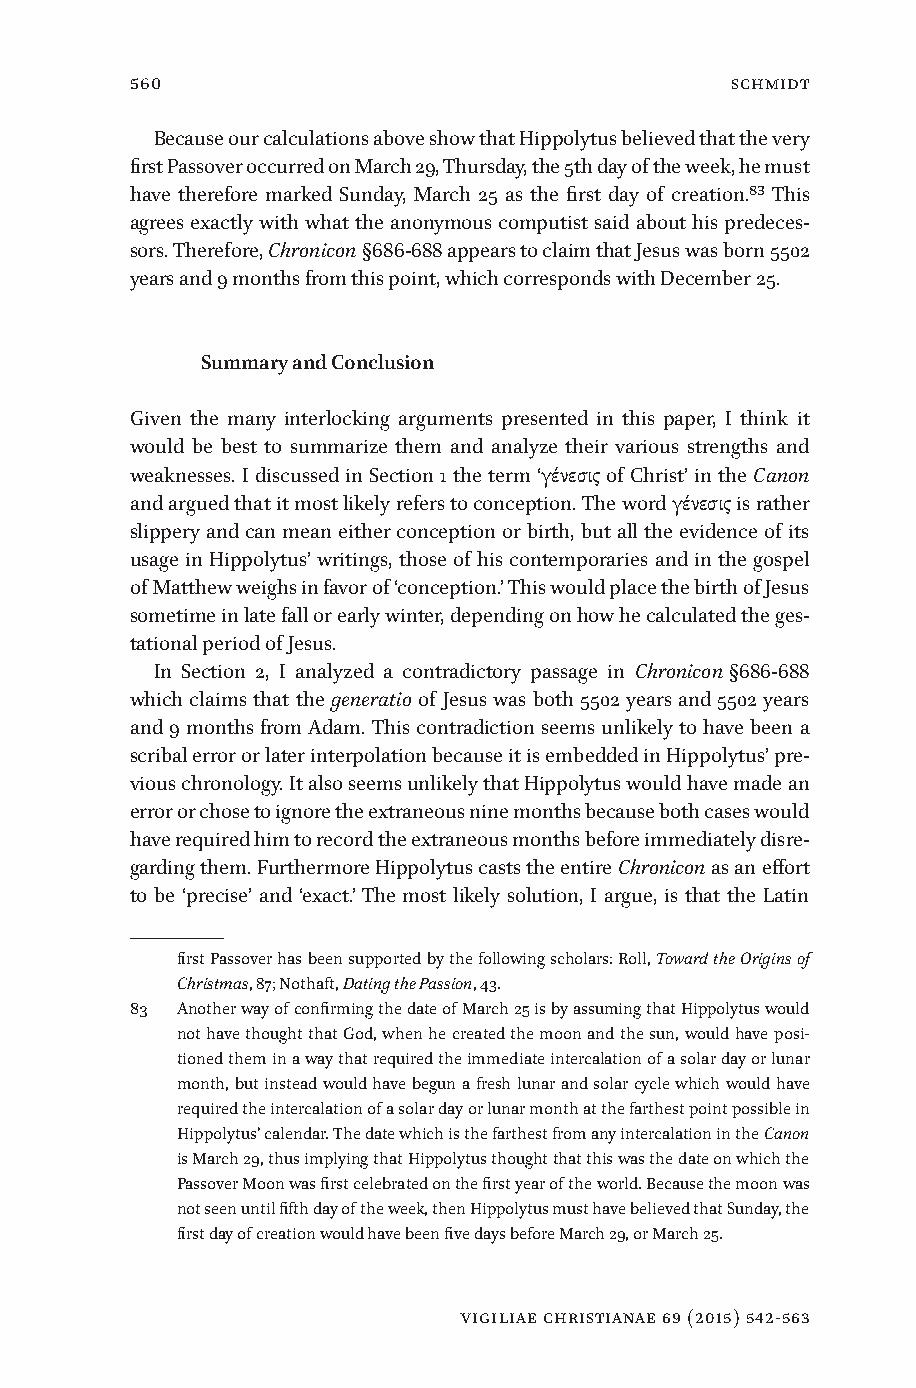
560                                    Schmidt
 Because our calculations above show that Hippolytus believed that the very
 first Passover occurred on March 29, Thursday, the 5th day of the week, he must
 have therefore marked Sunday, March 25 as the first day of creation.83 This
 agrees exactly with what the anonymous computist said about his predeces-
 sors. Therefore, Chronicon §686-688 appears to claim that Jesus was born 5502
 years and 9 months from this point, which corresponds with December 25.
 Summary and Conclusion
 Given the many interlocking arguments presented in this paper, I think it
 would be best to summarize them and analyze their various strengths and
 weaknesses. I discussed in Section 1 the term ‘γένεσις of Christ’ in the Canon
 and argued that it most likely refers to conception. The word γένεσις is rather
 slippery and can mean either conception or birth, but all the evidence of its
 usage in Hippolytus’ writings, those of his contemporaries and in the gospel
 of Matthew weighs in favor of ‘conception.’ This would place the birth of Jesus
 sometime in late fall or early winter, depending on how he calculated the ges-
 tational period of Jesus.
 In Section 2, I analyzed a contradictory passage in Chronicon §686-688
 which claims that the generatio of Jesus was both 5502 years and 5502 years
 and 9 months from Adam. This contradiction seems unlikely to have been a
 scribal error or later interpolation because it is embedded in Hippolytus’ pre-
 vious chronology. It also seems unlikely that Hippolytus would have made an
 error or chose to ignore the extraneous nine months because both cases would
 have required him to record the extraneous months before immediately disre-
 garding them. Furthermore Hippolytus casts the entire Chronicon as an effort
 to be ‘precise’ and ‘exact.’ The most likely solution, I argue, is that the Latin
 first Passover has been supported by the following scholars: Roll, Toward the Origins of
 Christmas, 87; Nothaft, Dating the Passion, 43.
 83 Another way of confirming the date of March 25 is by assuming that Hippolytus would
 not have thought that God, when he created the moon and the sun, would have posi-
 tioned them in a way that required the immediate intercalation of a solar day or lunar
 month, but instead would have begun a fresh lunar and solar cycle which would have
 required the intercalation of a solar day or lunar month at the farthest point possible in
 Hippolytus’ calendar. The date which is the farthest from any intercalation in the Canon
 is March 29, thus implying that Hippolytus thought that this was the date on which the
 Passover Moon was first celebrated on the first year of the world. Because the moon was
 not seen until fifth day of the week, then Hippolytus must have believed that Sunday, the
 first day of creation would have been five days before March 29, or March 25.
 vigiliae christianae 69 (2015) 542-563